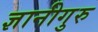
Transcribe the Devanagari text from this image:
ज्ञानीगुरु